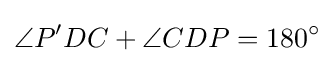
\angle P'DC+\angle CDP=180^{\circ }